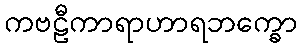
ကဗဠီကာရာဟာရဘက္ခော